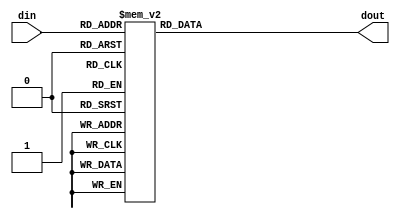
module fnd_enc(
    din,
    dout
);

   input  [3:0] din;
	output [6:0] dout;
	 
	 reg a,b,c,d,e,f,g;
	
	always @ (din) begin
		case(din)
		4'h0: begin a = 1'b0; b = 1'b0; c = 1'b0; d = 1'b0; e = 1'b0; f = 1'b0; g = 1'b1; end
		4'h1: begin a = 1'b1; b = 1'b0; c = 1'b0; d = 1'b1; e = 1'b1; f = 1'b1; g = 1'b1; end
		4'h2: begin a = 1'b0; b = 1'b0; c = 1'b1; d = 1'b0; e = 1'b0; f = 1'b1; g = 1'b0; end
		4'h3: begin a = 1'b0; b = 1'b0; c = 1'b0; d = 1'b0; e = 1'b1; f = 1'b1; g = 1'b0; end
		4'h4: begin a = 1'b1; b = 1'b0; c = 1'b0; d = 1'b1; e = 1'b1; f = 1'b0; g = 1'b0; end
		4'h5: begin a = 1'b0; b = 1'b1; c = 1'b0; d = 1'b0; e = 1'b1; f = 1'b0; g = 1'b0; end
		4'h6: begin a = 1'b0; b = 1'b1; c = 1'b0; d = 1'b0; e = 1'b0; f = 1'b0; g = 1'b0; end
		4'h7: begin a = 1'b0; b = 1'b0; c = 1'b0; d = 1'b1; e = 1'b1; f = 1'b0; g = 1'b1; end
		4'h8: begin a = 1'b0; b = 1'b0; c = 1'b0; d = 1'b0; e = 1'b0; f = 1'b0; g = 1'b0; end
		4'h9: begin a = 1'b0; b = 1'b0; c = 1'b0; d = 1'b0; e = 1'b1; f = 1'b0; g = 1'b0; end
		4'hA: begin a = 1'b0; b = 1'b0; c = 1'b0; d = 1'b1; e = 1'b0; f = 1'b0; g = 1'b0; end
		4'hB: begin a = 1'b1; b = 1'b1; c = 1'b0; d = 1'b0; e = 1'b0; f = 1'b0; g = 1'b0; end
		4'hC: begin a = 1'b0; b = 1'b1; c = 1'b1; d = 1'b0; e = 1'b0; f = 1'b0; g = 1'b1; end
		4'hD: begin a = 1'b1; b = 1'b0; c = 1'b0; d = 1'b0; e = 1'b0; f = 1'b1; g = 1'b0; end
		4'hE: begin a = 1'b0; b = 1'b1; c = 1'b1; d = 1'b0; e = 1'b0; f = 1'b0; g = 1'b0; end
		4'hF: begin a = 1'b0; b = 1'b1; c = 1'b1; d = 1'b1; e = 1'b0; f = 1'b0; g = 1'b0; end
		default: begin a = 1'b1; b = 1'b1; c = 1'b1; d = 1'b1; e = 1'b1; f = 1'b1; g = 1'b1; end
		endcase
	end
	assign dout = {g,f,e,d,c,b,a};
	
endmodule